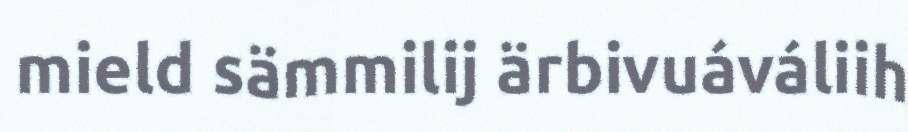
mield sämmilij ärbivuáváliih